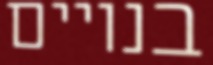
בנויים